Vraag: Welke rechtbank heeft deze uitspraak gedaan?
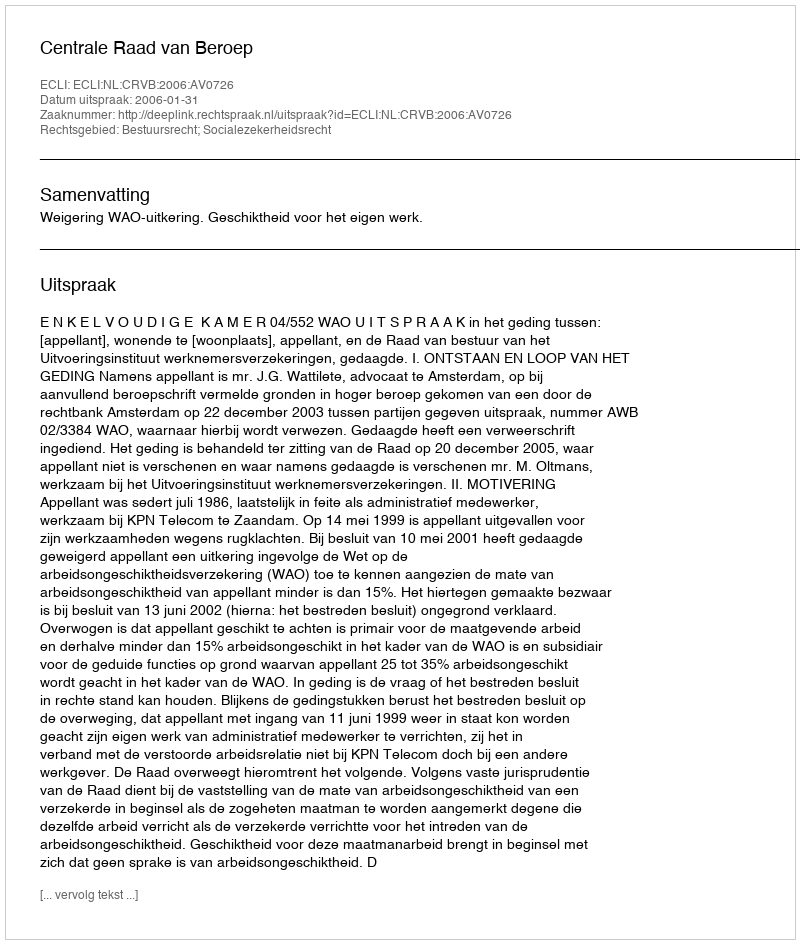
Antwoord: Centrale Raad van Beroep